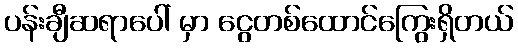
ပန်းချီဆရာပေါ် မှာ ငွေတစ်ထောင်ကြွေးရှိတယ်